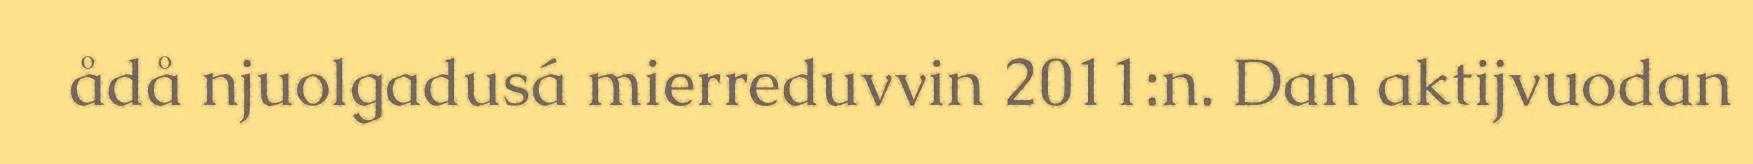
ådå njuolgadusá mierreduvvin 2011:n. Dan aktijvuodan